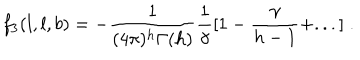
LaTeX: f _ { 3 } ( l , l , b ) = - \frac { 1 } { ( 4 \pi ) ^ { h } \Gamma ( h ) } \frac { 1 } { \gamma } [ 1 - \frac { \gamma } { h - 1 } + . . . ] \; .